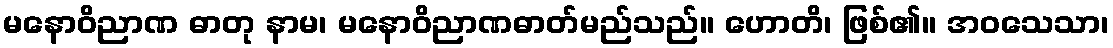
မနောဝိညာဏ ဓာတု နာမ၊ မနောဝိညာဏဓာတ်မည်သည်။ ဟောတိ၊ ဖြစ်၏။ အဝသေသာ၊